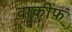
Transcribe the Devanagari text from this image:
वाकीफ